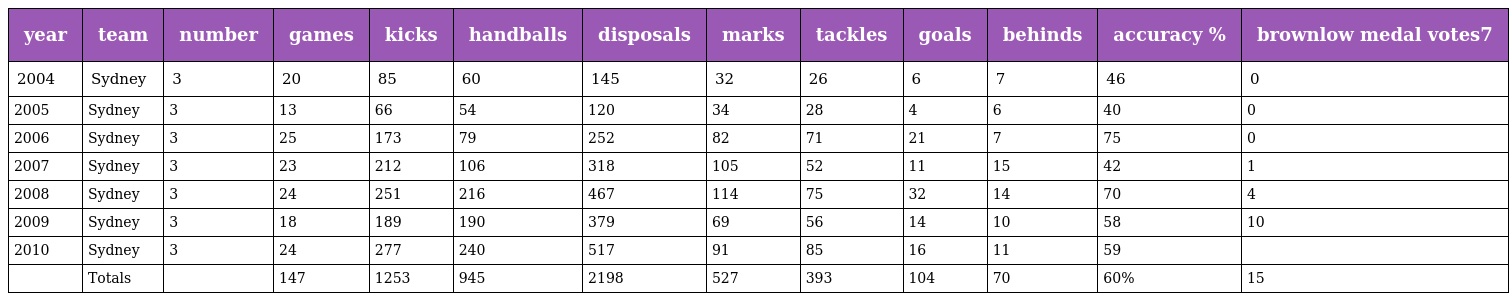
| year | team | number | games | kicks | handballs | disposals | marks | tackles | goals | behinds | accuracy % | brownlow medal votes7 |
 | --- | --- | --- | --- | --- | --- | --- | --- | --- | --- | --- | --- | --- |
 | 2004 | Sydney | 3 | 20 | 85 | 60 | 145 | 32 | 26 | 6 | 7 | 46 | 0 |
 | 2005 | Sydney | 3 | 13 | 66 | 54 | 120 | 34 | 28 | 4 | 6 | 40 | 0 |
 | 2006 | Sydney | 3 | 25 | 173 | 79 | 252 | 82 | 71 | 21 | 7 | 75 | 0 |
 | 2007 | Sydney | 3 | 23 | 212 | 106 | 318 | 105 | 52 | 11 | 15 | 42 | 1 |
 | 2008 | Sydney | 3 | 24 | 251 | 216 | 467 | 114 | 75 | 32 | 14 | 70 | 4 |
 | 2009 | Sydney | 3 | 18 | 189 | 190 | 379 | 69 | 56 | 14 | 10 | 58 | 10 |
 | 2010 | Sydney | 3 | 24 | 277 | 240 | 517 | 91 | 85 | 16 | 11 | 59 |  |
 |  | Totals |  | 147 | 1253 | 945 | 2198 | 527 | 393 | 104 | 70 | 60% | 15 |